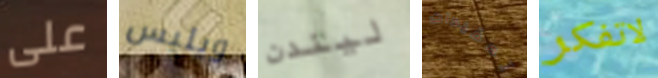
على ويليس ليندن تعقيدات لاتفكر